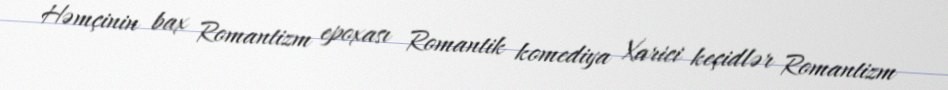
Həmçinin bax Romantizm epoxası Romantik komediya Xarici keçidlər Romantizm